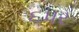
૬પર